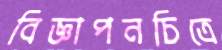
বিজ্ঞাপনচিত্রে